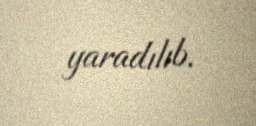
yaradılıb.